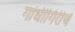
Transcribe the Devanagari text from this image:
गांधीगिरीचे